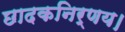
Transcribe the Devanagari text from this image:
छादकनिर्णय।